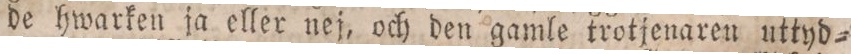
de hwarken ja eller nej, och den gamle trotjenaren uttyd=